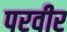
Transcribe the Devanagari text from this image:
परवीर